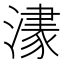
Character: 𱩀